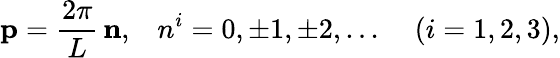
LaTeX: {\mathbf p}=\frac{2\pi}{L}\, {\mathbf n},\; \; \; n^{i}=0,\pm 1,\pm 2,...\; \; \; \; (i=1,2,3),